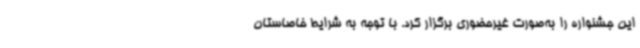
این جشنواره را به‌صورت غیرحضوری برگزار کرد. با توجه به شرایط خاصاستان